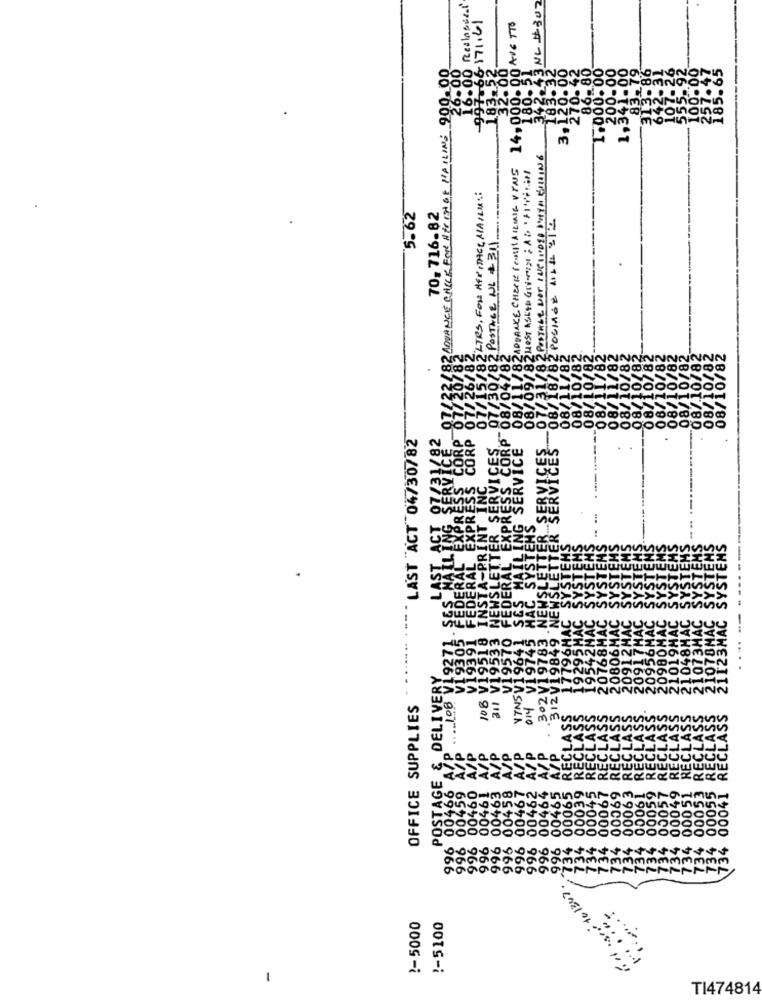
Reslassen
NL #302
5-171.61
14,000.00 E TTO
182 ADVANCE CALLE FOR NET IN BE MAILING 900
1,3
3,
2 POSTAGE NOT INCLUDED DETTO BOILING
ZADDANCE CHECK CONSSAILING VING
HOST ASLYD GIVNING AD · FINNERAT
182 LTRS, FOR HERITAGE MAILM .:
75.62
70, 716-82
POSTAGE ALL 212
2 POSTAGE NL +311
08/
08/
08/
08/
LAST ACT 04730782
82
CORP
RVICE
SERVICES
POSTAGE & DELIVERY
108
108
311
VINS
302
OFFICE SUPPLIES
014
996
1367.
!- 5000
!- 5100
-
TI474814